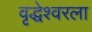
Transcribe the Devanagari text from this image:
वृद्धेश्‍वरला